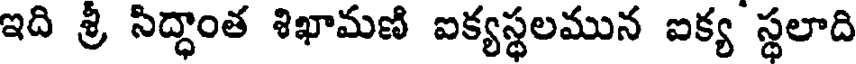
ఇది శ్రీ సిద్ధాంత శిఖామణి ఐక్యస్థలమున ఐక్య స్థలాది